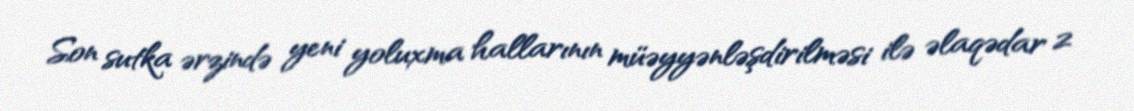
Son sutka ərzində yeni yoluxma hallarının müəyyənləşdirilməsi ilə əlaqədar 2